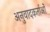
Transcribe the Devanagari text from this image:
अनुवादकर्ताओं